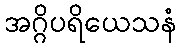
အဂ္ဂိပရိယေသနံ